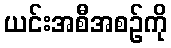
ယင်းအစီအစဉ်ကို